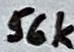
Text: 56k